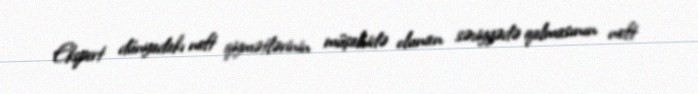
Ekspert dünyadakı neft qiymətlərinin müşahidə olunan səviyyədə qalmasının neft